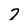
Character: 7